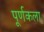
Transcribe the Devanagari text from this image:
पूर्णकला